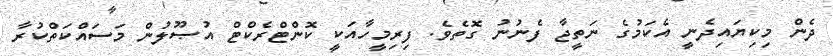
ދެން މިކިޔައިދެނީ އެކަމުގެ ނަތީޖާ ފެނުނު ގޮތެވެ. ފިރިމީހާއަކީ ކޮންޓްރެކްޓް އުޞޫލުން މަސައްކަތްކުރާ